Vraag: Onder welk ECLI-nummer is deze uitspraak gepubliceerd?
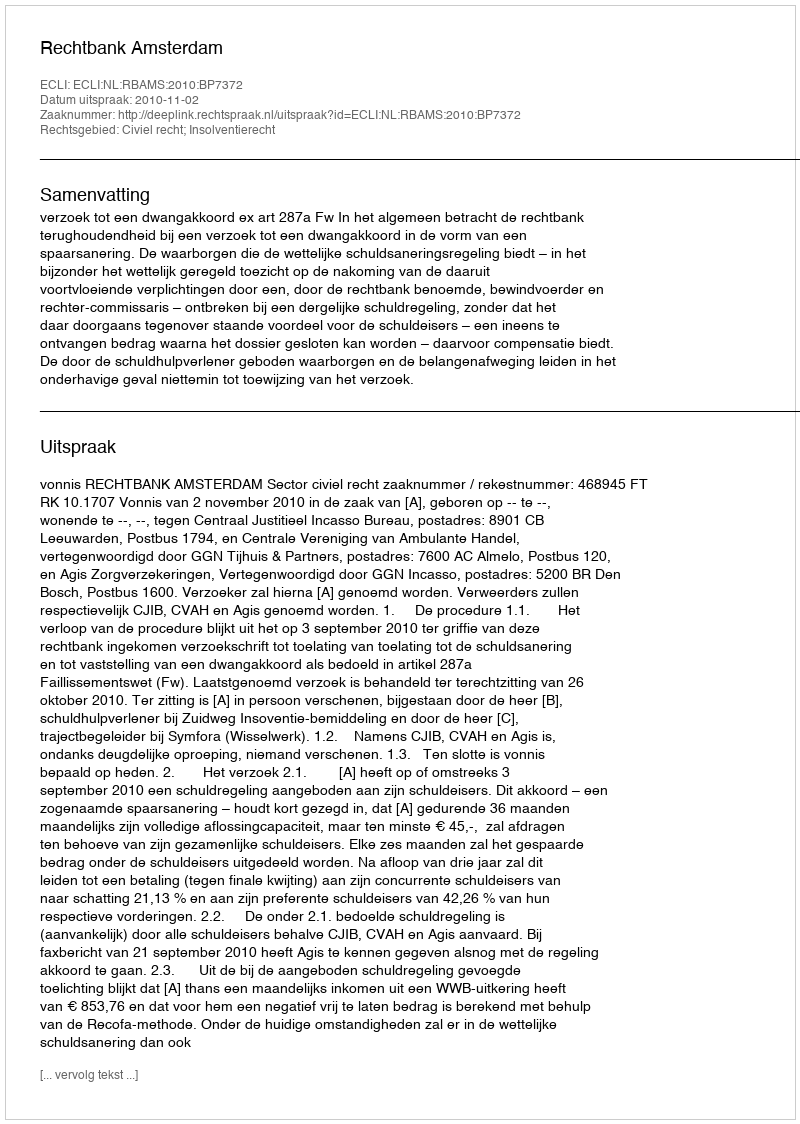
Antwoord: ECLI:NL:RBAMS:2010:BP7372